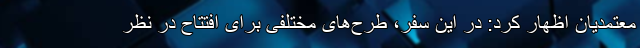
معتمدیان اظهار کرد: در این سفر، طرح‌های مختلفی برای افتتاح در نظر